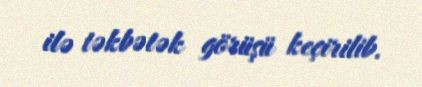
ilə təkbətək görüşü keçirilib.